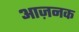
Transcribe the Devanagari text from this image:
आज़नक